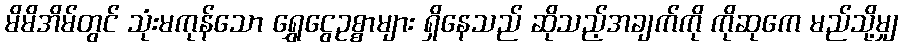
မိမိအိမ်တွင် သုံးမကုန်သော ရွှေငွေဥစ္စာများ ရှိနေသည် ဆိုသည့်အချက်ကို ကိုဆုကေ မည်သို့မျှ